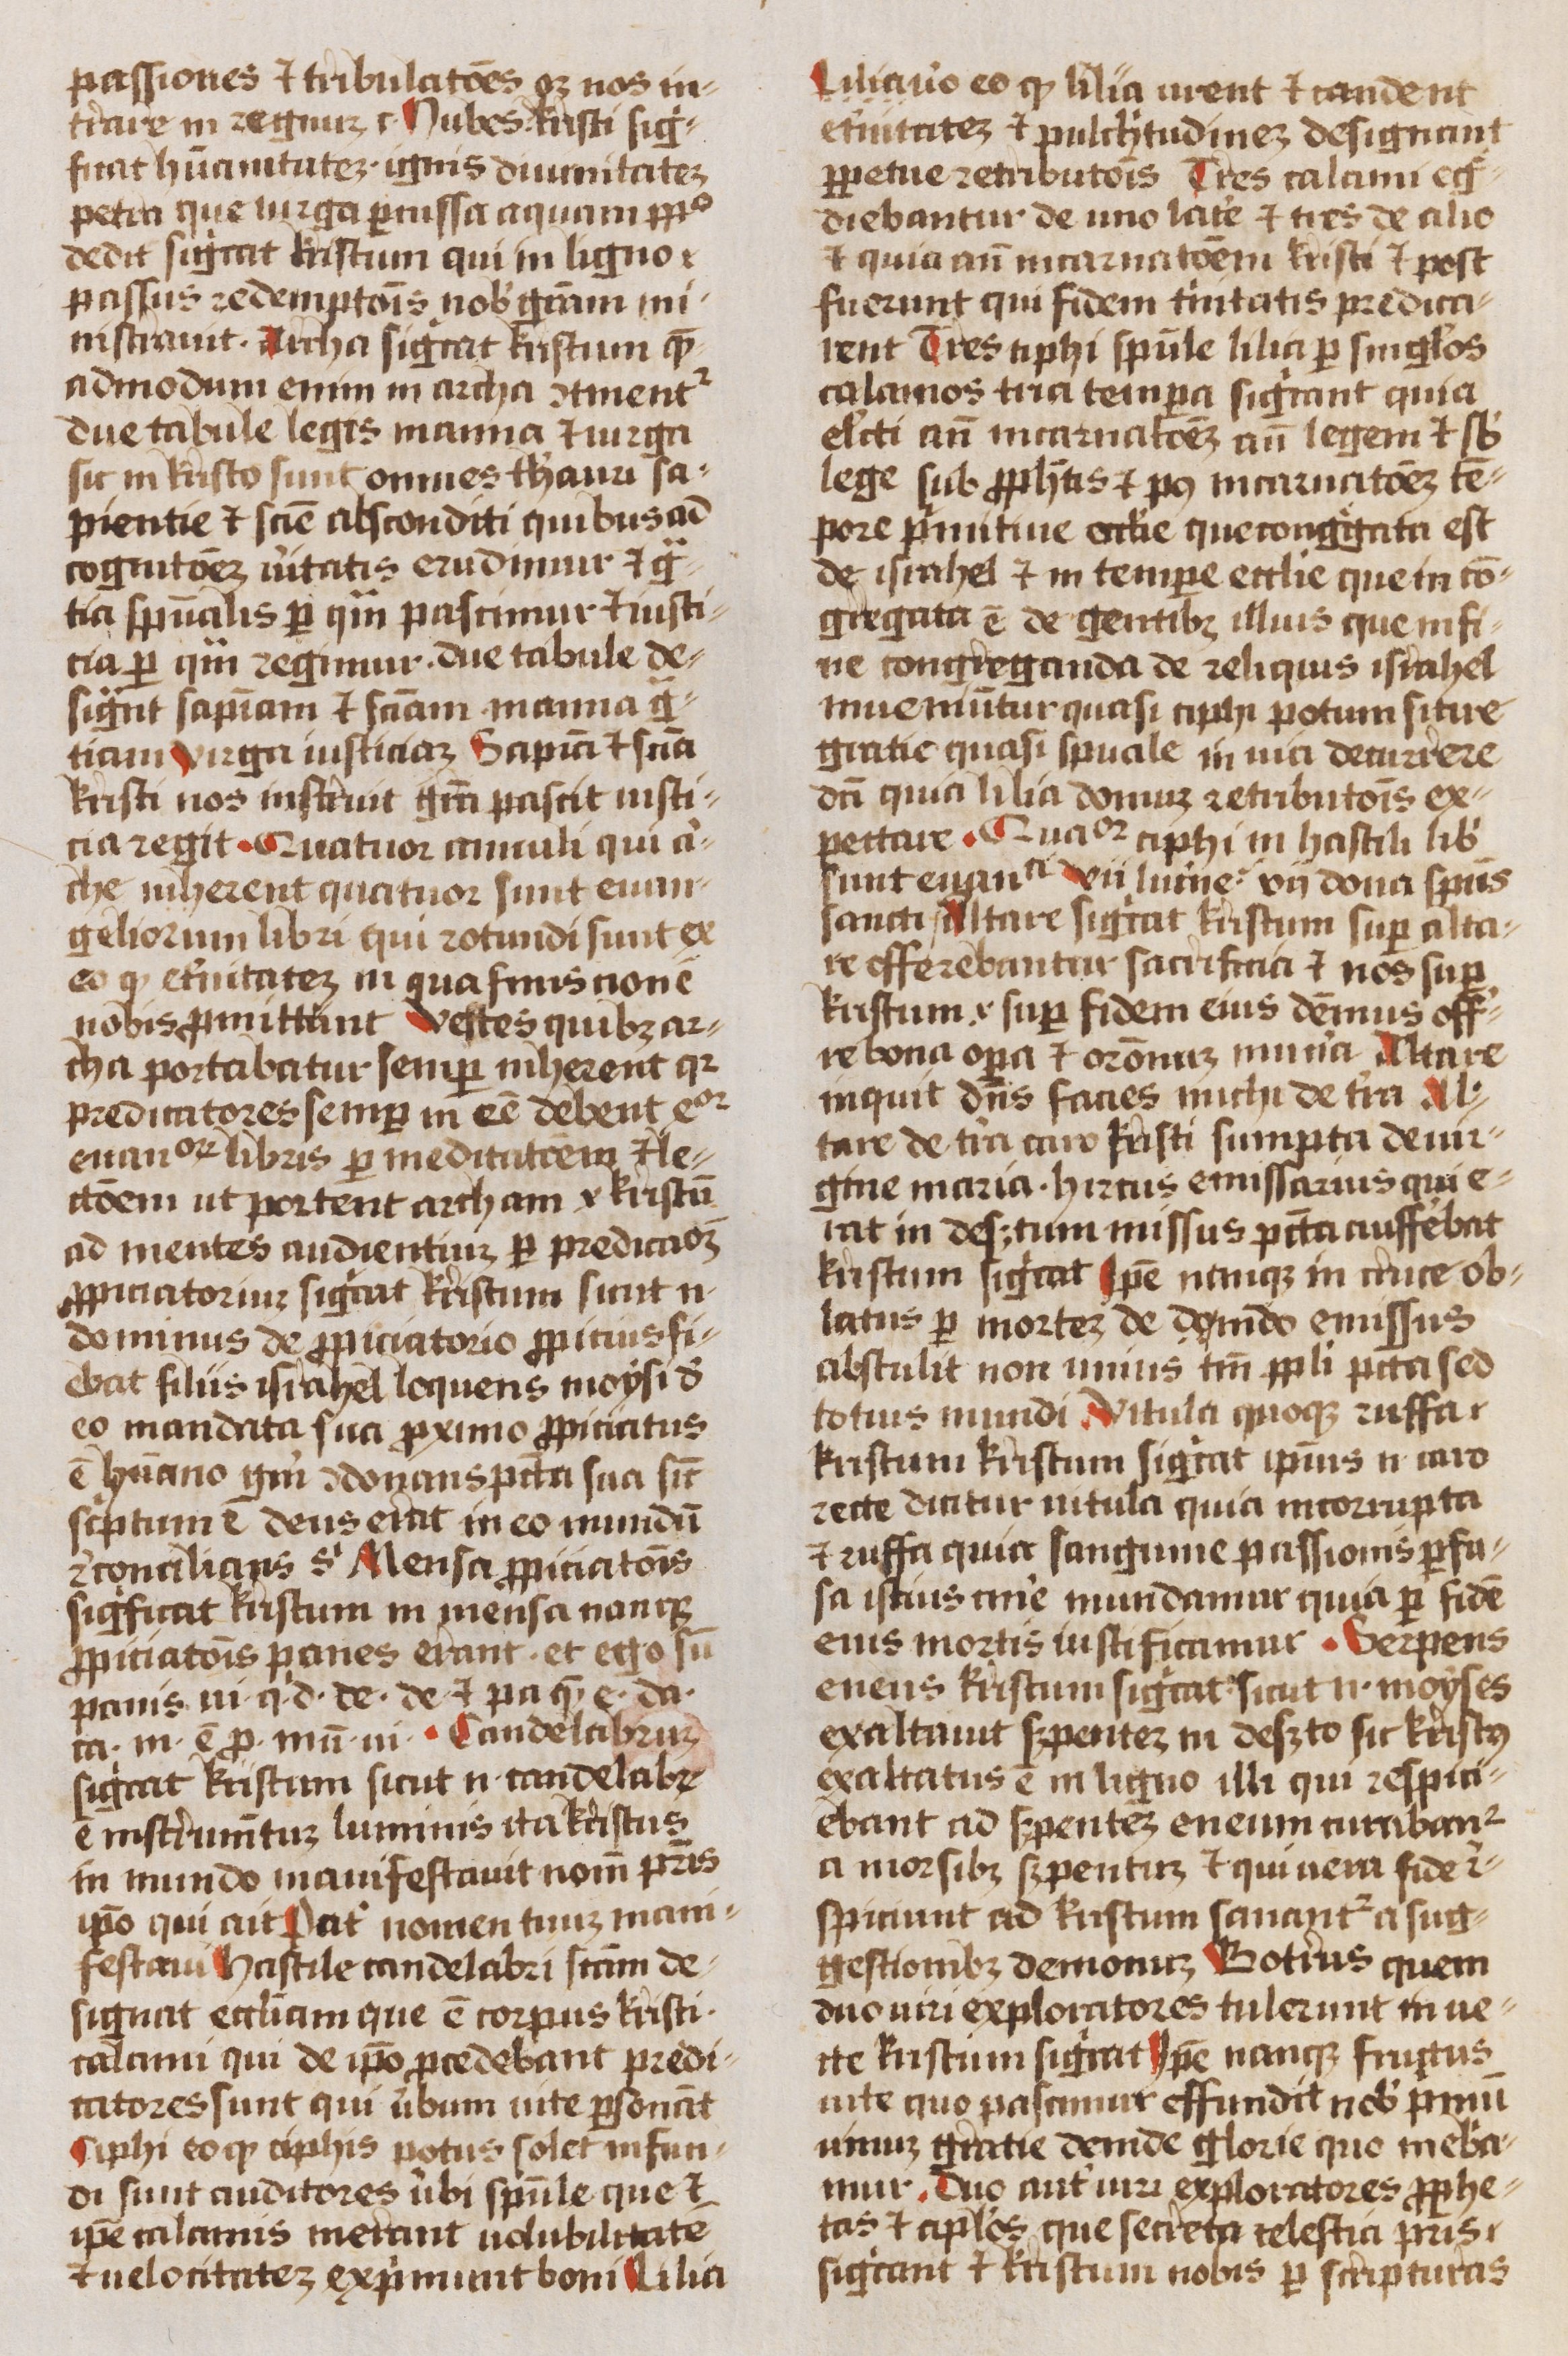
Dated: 1450–1474